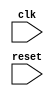
module behavior_block (
    input wire clk,
    input wire reset
);

always @(posedge clk or negedge reset) begin
    // Specific behavior or actions here
    // Logic operations, signal assignments, etc.
end

endmodule